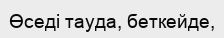
Өседі тауда, беткейде,